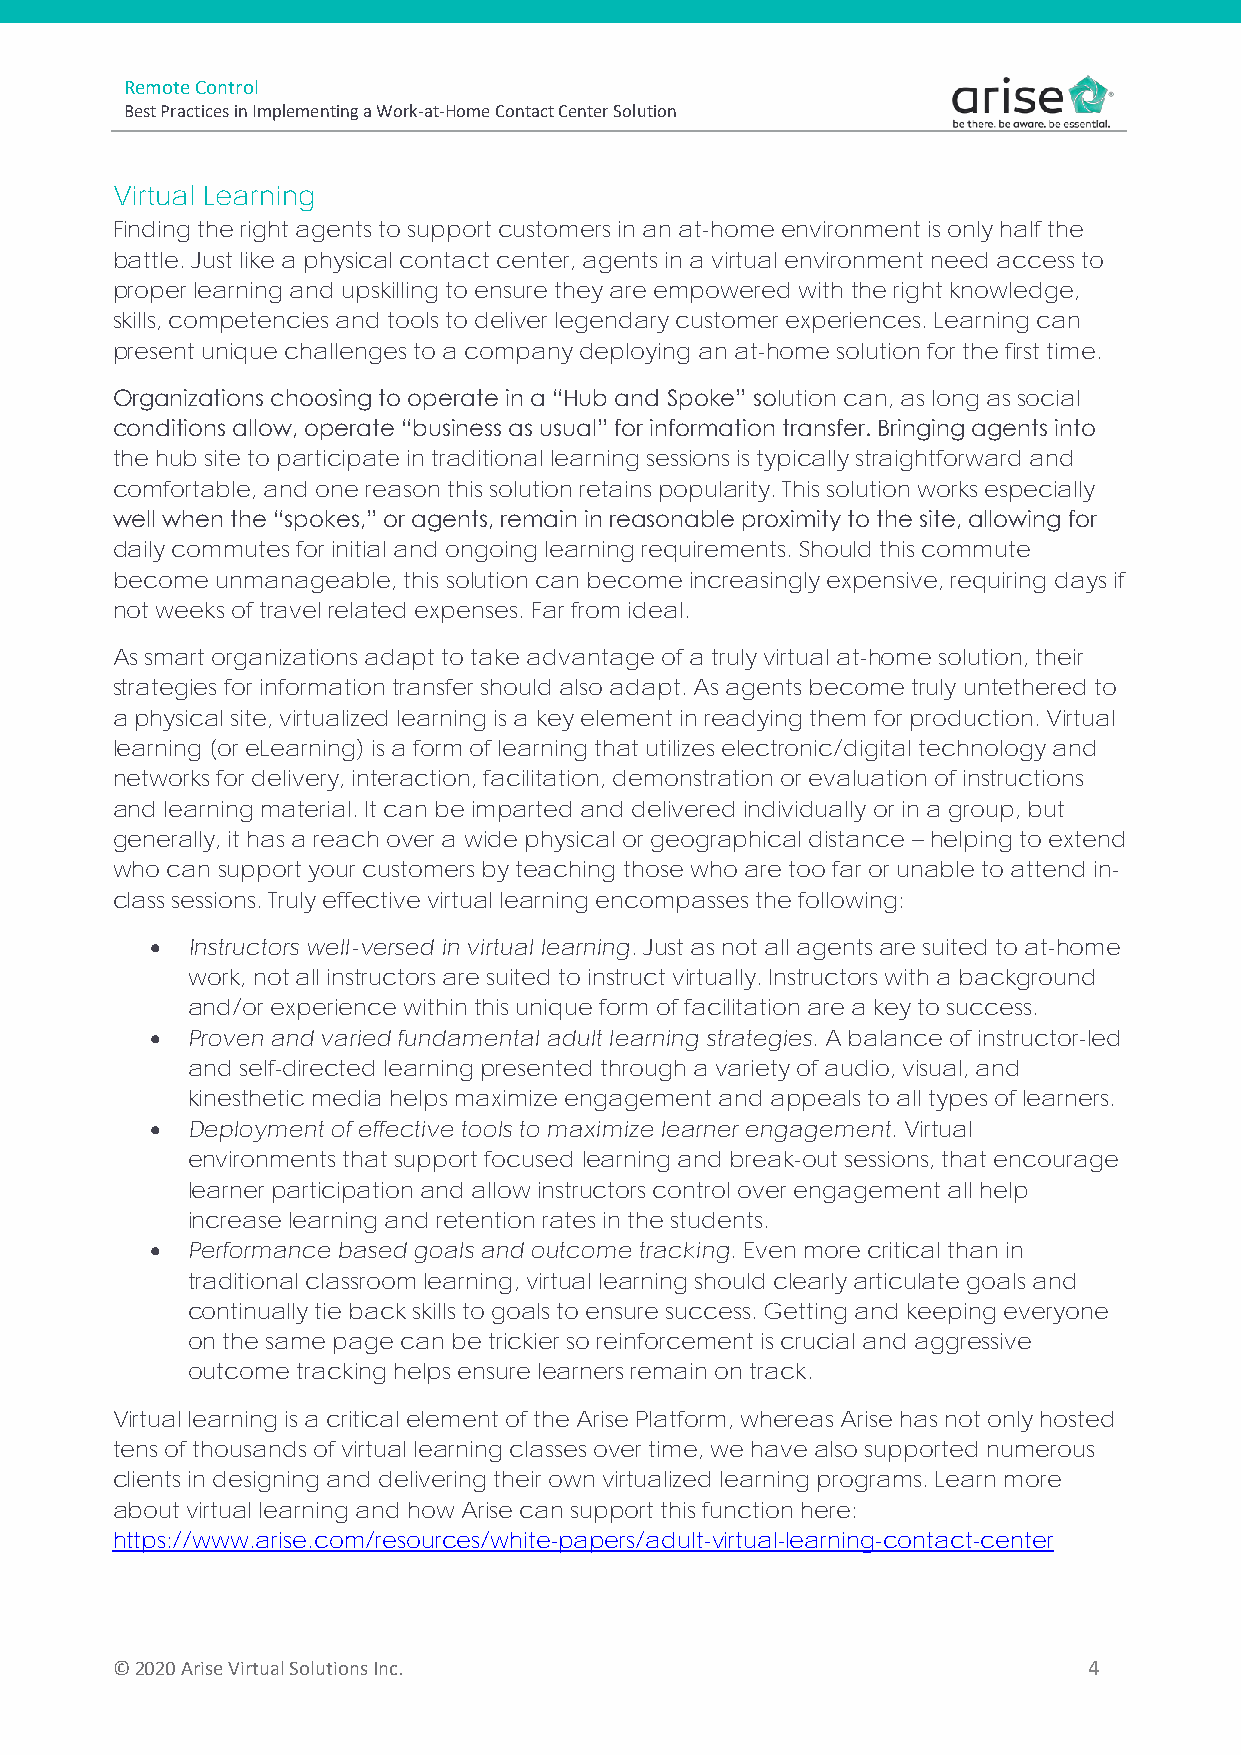
Remote Control
 Best Practices in Implementing a Work-at-Home Contact Center Solution
 Virtual Learning
 Finding the right agents to support customers in an at-home environment is only half the
 battle. Just like a physical contact center, agents in a virtual environment need access to
 proper learning and upskilling to ensure they are empowered with the right knowledge,
 skills, competencies and tools to deliver legendary customer experiences. Learning can
 present unique challenges to a company deploying an at-home solution for the first time.
 Organizations choosing to operate in a “Hub and Spoke” solution can, as long as social
 conditions allow, operate “business as usual” for information transfer. Bringing agents into
 the hub site to participate in traditional learning sessions is typically straightforward and
 comfortable, and one reason this solution retains popularity. This solution works especially
 well when the “spokes,” or agents, remain in reasonable proximity to the site, allowing for
 daily commutes for initial and ongoing learning requirements. Should this commute
 become unmanageable, this solution can become increasingly expensive, requiring days if
 not weeks of travel related expenses. Far from ideal.
 As smart organizations adapt to take advantage of a truly virtual at-home solution, their
 strategies for information transfer should also adapt. As agents become truly untethered to
 a physical site, virtualized learning is a key element in readying them for production. Virtual
 learning (or eLearning) is a form of learning that utilizes electronic/digital technology and
 networks for delivery, interaction, facilitation, demonstration or evaluation of instructions
 and learning material. It can be imparted and delivered individually or in a group, but
 generally, it has a reach over a wide physical or geographical distance – helping to extend
 who can support your customers by teaching those who are too far or unable to attend in-
 class sessions. Truly effective virtual learning encompasses the following:
 • Instructors well-versed in virtual learning. Just as not all agents are suited to at-home
 work, not all instructors are suited to instruct virtually. Instructors with a background
 and/or experience within this unique form of facilitation are a key to success.
 • Proven and varied fundamental adult learning strategies. A balance of instructor-led
 and self-directed learning presented through a variety of audio, visual, and
 kinesthetic media helps maximize engagement and appeals to all types of learners.
 • Deployment of effective tools to maximize learner engagement. Virtual
 environments that support focused learning and break-out sessions, that encourage
 learner participation and allow instructors control over engagement all help
 increase learning and retention rates in the students.
 • Performance based goals and outcome tracking. Even more critical than in
 traditional classroom learning, virtual learning should clearly articulate goals and
 continually tie back skills to goals to ensure success. Getting and keeping everyone
 on the same page can be trickier so reinforcement is crucial and aggressive
 outcome tracking helps ensure learners remain on track.
 Virtual learning is a critical element of the Arise Platform, whereas Arise has not only hosted
 tens of thousands of virtual learning classes over time, we have also supported numerous
 clients in designing and delivering their own virtualized learning programs. Learn more
 about virtual learning and how Arise can support this function here:
 https://www.arise.com/resources/white-papers/adult-virtual-learning-contact-center
 ©️ 2020 Arise Virtual Solutions Inc.                             4